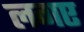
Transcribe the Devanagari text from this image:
लगए